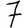
Digit: 7